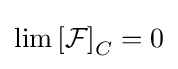
\lim \left[{\mathcal {F}}\right]_{C}=0